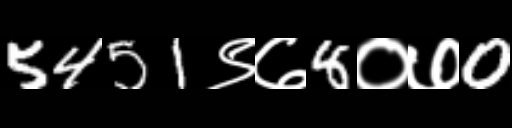
Text: 5451९७8०७0